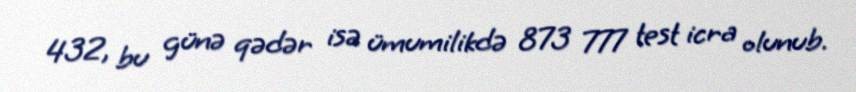
432, bu günə qədər isə ümumilikdə 873 777 test icra olunub.